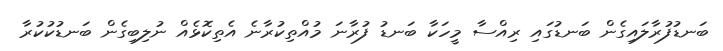
ބަނޑުފުރާލައިގެން ބަނޑުގައި ރިއްސާ މީހަކާ ބަނޑު ފުރާނަ މުއްތިކުރާނެ އެތިކޮޅެއް ނުލިބިގެން ބަނޑުކުކުރާ